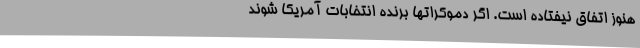
هنوز اتفاق نیفتاده است. اگر دموکراتها برنده انتخابات آمریکا شوند